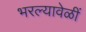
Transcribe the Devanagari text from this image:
भरल्यावेळीं